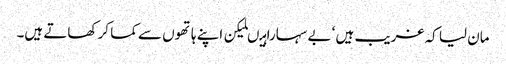
مان لیا کہ غریب ہیں ‘ بے سہارا ہیںلیکن اپنے ہاتھوں سے کما کر کھاتے ہیں۔